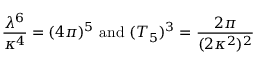
\frac { \lambda ^ { 6 } } { \kappa ^ { 4 } } = ( 4 \pi ) ^ { 5 } \mathrm { ~ a n d ~ } ( T _ { 5 } ) ^ { 3 } = \frac { 2 \pi } { ( 2 \kappa ^ { 2 } ) ^ { 2 } }